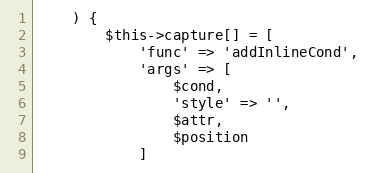
Language: PHP
    ) {
        $this->capture[] = [
            'func' => 'addInlineCond',
            'args' => [
                $cond,
                'style' => '',
                $attr,
                $position
            ]